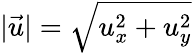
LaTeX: \lvert\vec{u}\rvert=\sqrt{u_{x}^{2}+u_{y}^{2}}